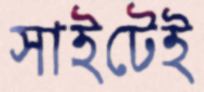
সাইটেই